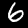
Label: 6